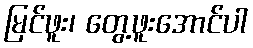
မြင်ဖူး၊ တွေ့ဖူးအောင်ပါ